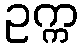
ဥက္က